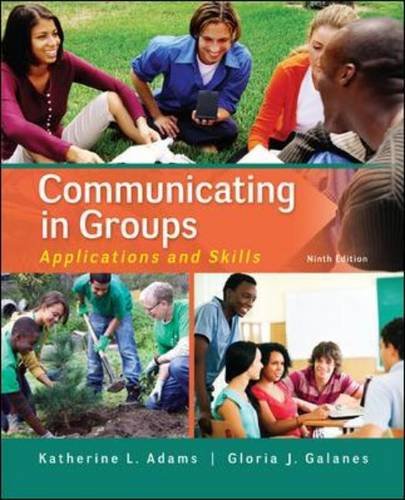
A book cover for Communicating in Groups: Applications and Skills; Katherine Adams; Engineering & Transportation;